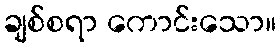
ချစ်စရာ ကောင်းသော။